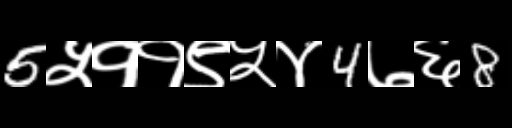
Text: 5५११९५४4७६8